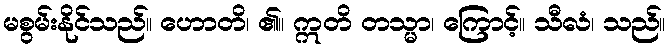
မစွမ်းနိုင်သည်။ ဟောတိ၊ ၏။ ဣတိ တသ္မာ၊ ကြောင့်။ သီလံ၊ သည်။